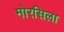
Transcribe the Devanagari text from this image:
मोरसिला